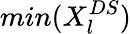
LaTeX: min(X_{l}^{DS})